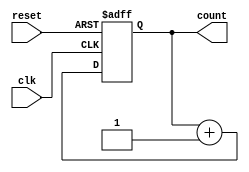
module async_reset_sync_counter (
    input wire clk,              // Clock input
    input wire reset,            // Asynchronous reset input
    output reg [N-1:0] count     // Counter output
);

parameter N = 3; // Bit width of the counter

// Always block to handle the counter logic
always @(posedge clk or posedge reset) begin
    if (reset) begin
        count <= 0; // Reset the counter to 0
    end else begin
        count <= count + 1; // Increment the counter
    end
end

endmodule